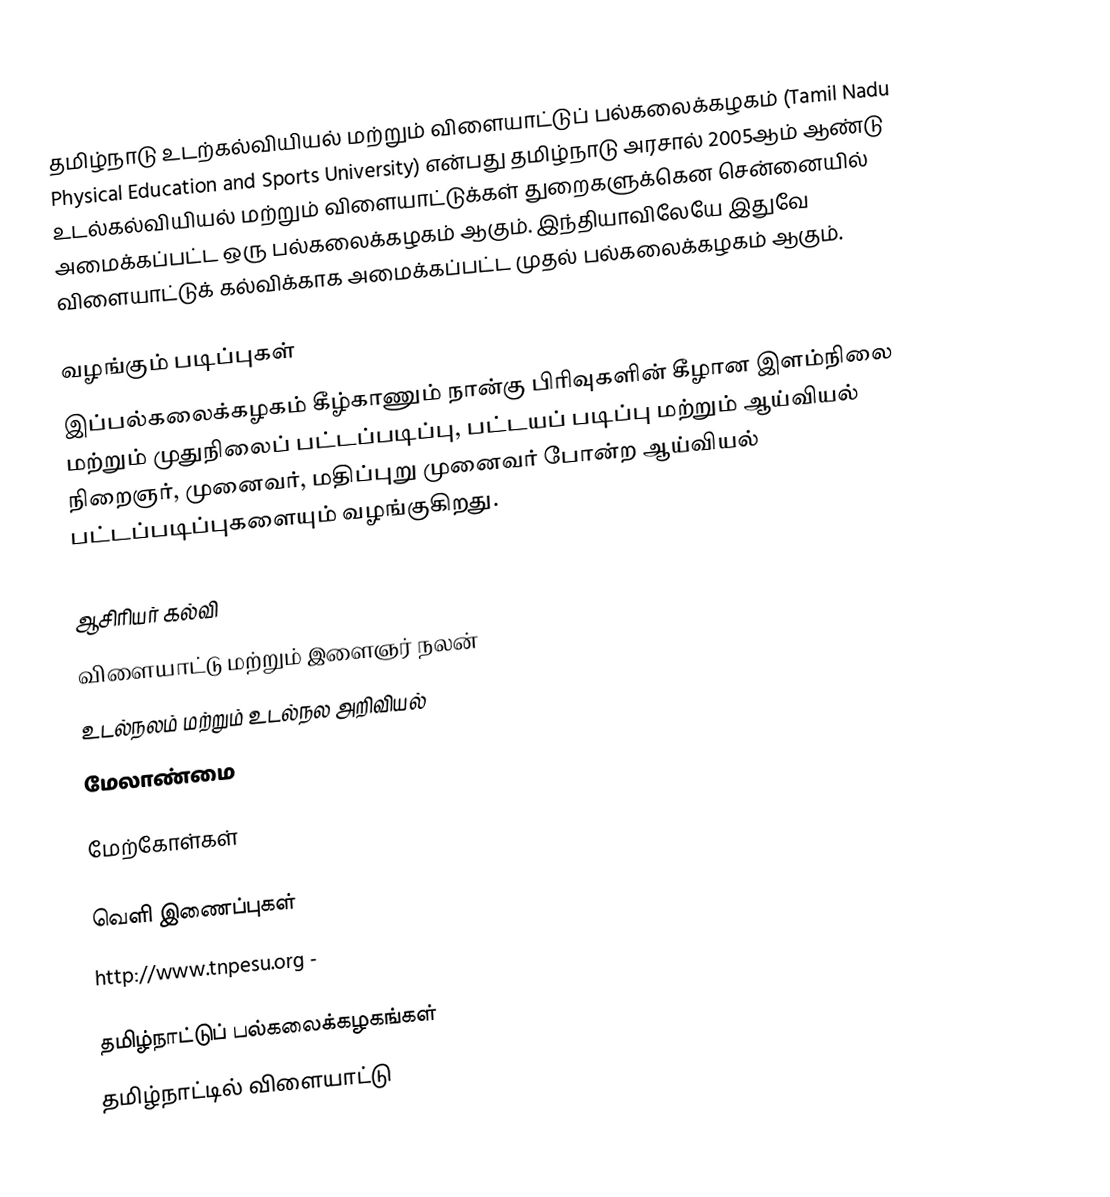
தமிழ்நாடு உடற்கல்வியியல் மற்றும் விளையாட்டுப் பல்கலைக்கழகம் (Tamil Nadu Physical Education and Sports University) என்பது தமிழ்நாடு அரசால் 2005ஆம் ஆண்டு உடல்கல்வியியல் மற்றும் விளையாட்டுக்கள் துறைகளுக்கென சென்னையில் அமைக்கப்பட்ட ஒரு பல்கலைக்கழகம் ஆகும். இந்தியாவிலேயே இதுவே விளையாட்டுக் கல்விக்காக அமைக்கப்பட்ட முதல் பல்கலைக்கழகம் ஆகும்.

வழங்கும் படிப்புகள்
இப்பல்கலைக்கழகம் கீழ்காணும் நான்கு பிரிவுகளின் கீழான இளம்நிலை மற்றும் முதுநிலைப் பட்டப்படிப்பு, பட்டயப் படிப்பு மற்றும் ஆய்வியல் நிறைஞர், முனைவர், மதிப்புறு முனைவர் போன்ற ஆய்வியல் பட்டப்படிப்புகளையும் வழங்குகிறது.

 ஆசிரியர் கல்வி
 விளையாட்டு மற்றும் இளைஞர் நலன்
 உடல்நலம் மற்றும் உடல்நல அறிவியல்
 மேலாண்மை

மேற்கோள்கள்

வெளி இணைப்புகள்
 http://www.tnpesu.org -

தமிழ்நாட்டுப் பல்கலைக்கழகங்கள்
தமிழ்நாட்டில் விளையாட்டு